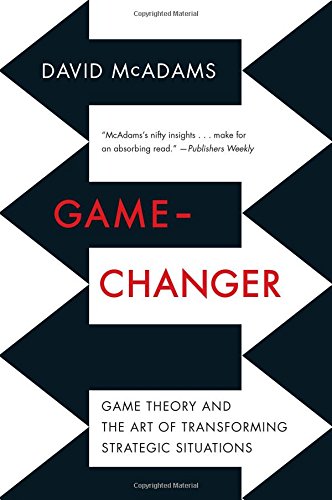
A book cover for Game-Changer: Game Theory and the Art of Transforming Strategic Situations; David McAdams; Science & Math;